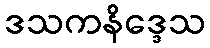
ဒသကနိဒ္ဒေသ